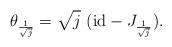
LaTeX: \begin{align*} {\theta_{\frac{1}{\sqrt j}}=\sqrt{j}\ ({\rm id}-J_{\frac{1}{\sqrt j}})}.\end{align*}